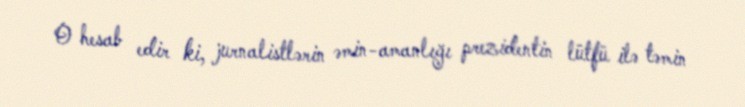
O hesab edir ki, jurnalistlərin əmin-amanlığı prezidentin lütfü ilə təmin